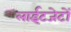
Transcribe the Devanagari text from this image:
लाईटजेटों